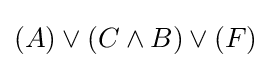
(A)\lor (C\land B)\lor (F)